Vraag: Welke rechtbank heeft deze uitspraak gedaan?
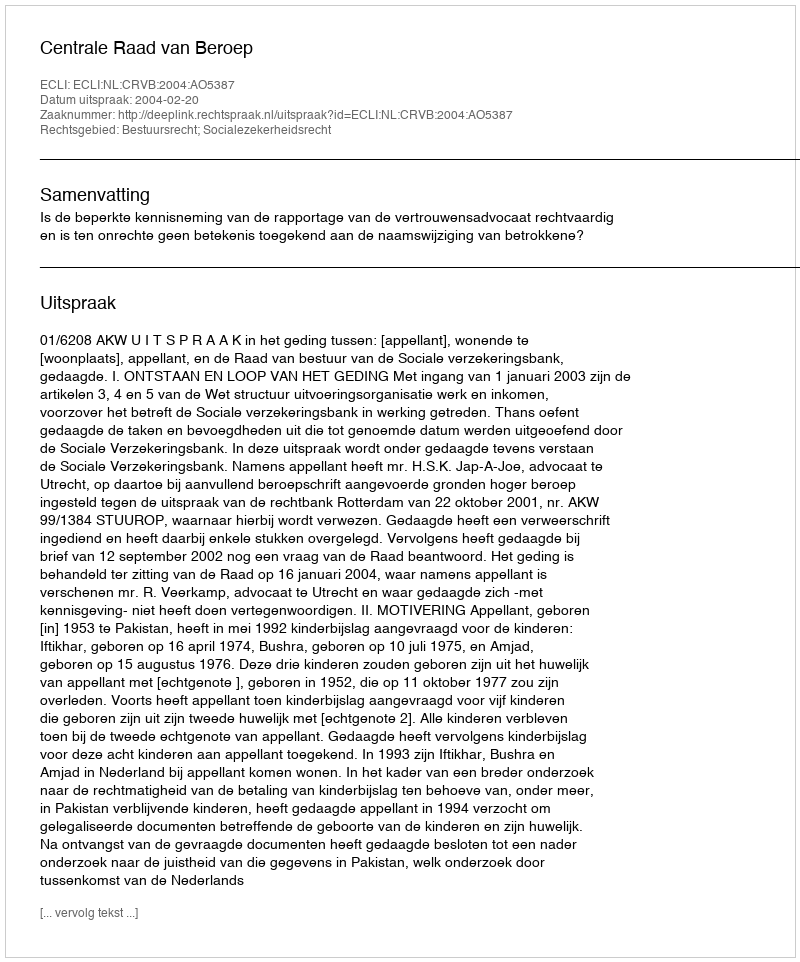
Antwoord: Centrale Raad van Beroep